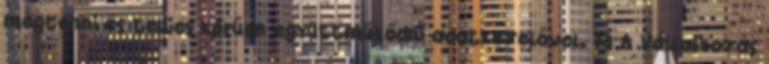
megtenni és teljes körűen együttműködni adatkezelővel. 13 A Vállalkozás